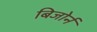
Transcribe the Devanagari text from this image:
बिजोर्न